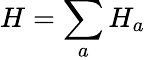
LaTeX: H=\sum_{a}H_{a}